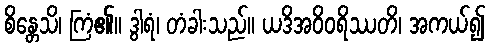
စိန္တေသိ၊ ကြံ၏။ ဒွါရံ၊ တံခါးသည်။ ယဒိအဝိဝရိဿတိ၊ အကယ်၍